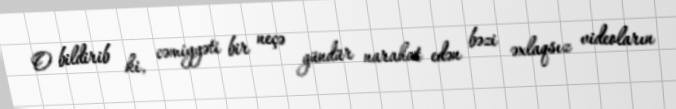
O bildirib ki, cəmiyyəti bir neçə gündür narahat edən bəzi əxlaqsız videoların